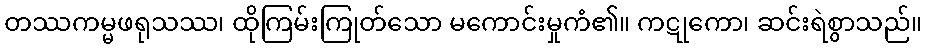
တဿကမ္မဖရုသဿ၊ ထိုကြမ်းကြုတ်သော မကောင်းမှုကံ၏။ ကဋုကော၊ ဆင်းရဲစွာသည်။